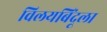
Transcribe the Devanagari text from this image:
विलयबिंदूला